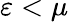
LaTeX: \varepsilon<\mu